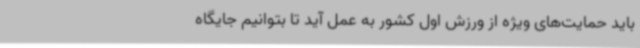
باید حمایت‌های ویژه از ورزش اول کشور به عمل آید تا بتوانیم جایگاه